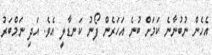
އެހެން ނުބުނާނެ ކަމަށް ބުނެ އަހަރެން ފޯނު ކަނޑާލީ އެވެ. އަދި ނަމްބަރު